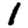
Digit: 1